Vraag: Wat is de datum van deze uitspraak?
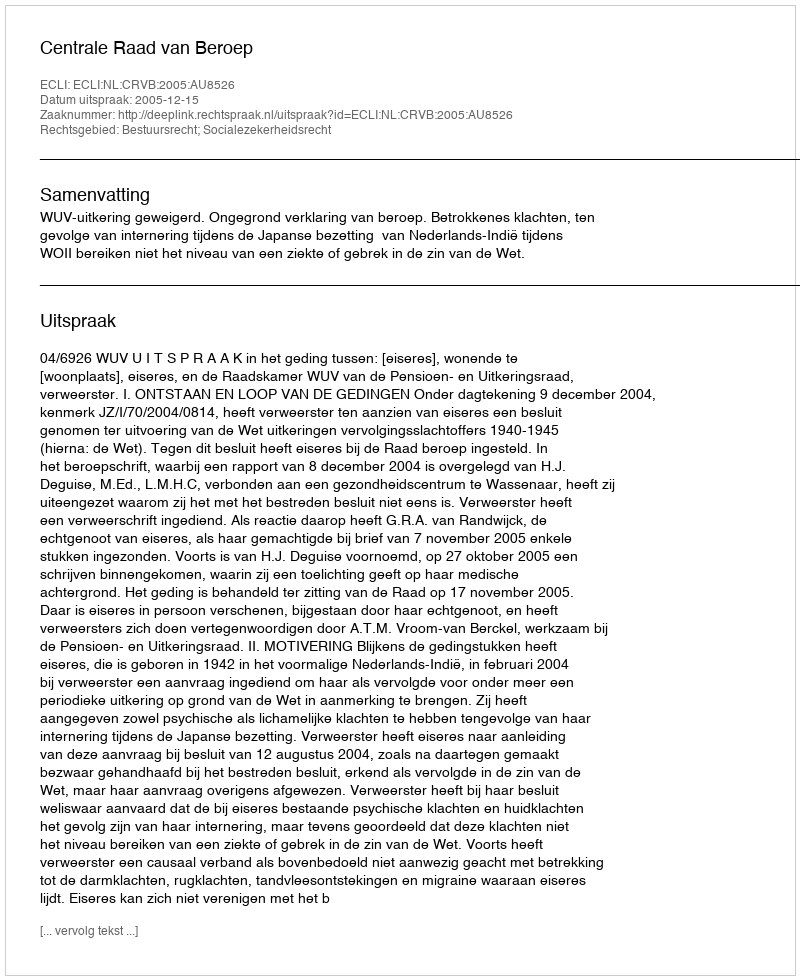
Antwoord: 2005-12-15